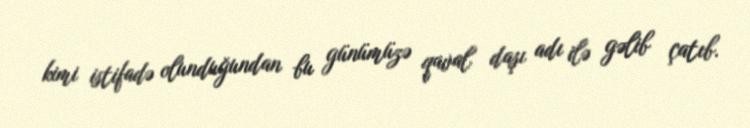
kimi istifadə olunduğundan bu günümüzə qaval daşı adı ilə gəlib çatıb.